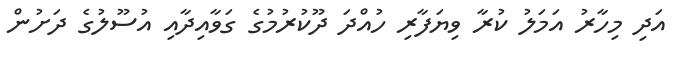
އަދި މިހާރު އަމަލު ކުރާ ވިޔަފާރި ހުއްދަ ދޫކުރުމުގެ ގަވާއިދާއި އުސޫލުގެ ދަށުން